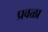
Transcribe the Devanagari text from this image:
प्रवळा